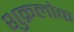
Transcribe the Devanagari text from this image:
शुक्रलोक